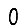
Digit: 0